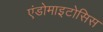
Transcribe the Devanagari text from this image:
एंडोमाइटोसिस